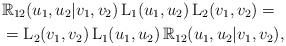
\begin{align*}&\mathbb{R}_{12}(u_1,u_2|v_1,v_2)\,\mathrm{L}_1(u_1,u_2)\,\mathrm{L}_2(v_1,v_2)= \\&=\mathrm{L}_2(v_1,v_2)\,\mathrm{L}_1(u_1,u_2)\,\mathbb{R}_{12}(u_1,u_2|v_1,v_2),\end{align*}